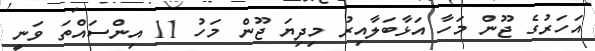
އަހަރުގެ ޖޫން މަހާ އަޅާބަލާއިރު މިދިޔަ ޖޫން މަހު 11 އިންސައްތަ ވަނީ